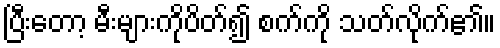
ပြီးတော့ မီးများကိုပိတ်၍ စက်ကို သတ်လိုက်၏။